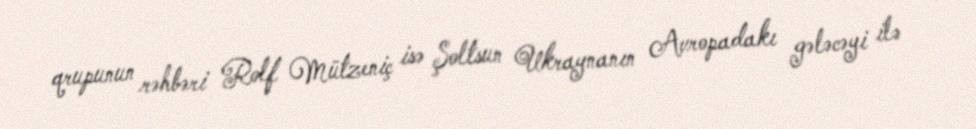
qrupunun rəhbəri Rolf Mützeniç isə Şoltsun Ukraynanın Avropadakı gələcəyi ilə